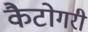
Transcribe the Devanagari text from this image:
कैटोगरी